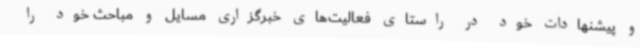
و پیشنهادات خود در راستای فعالیت‌های خبرگزاری مسایل و مباحث خود را